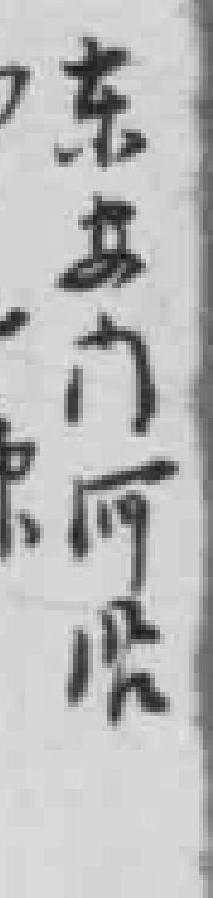
东安门河限沿